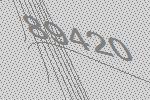
89420